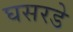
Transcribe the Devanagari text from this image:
घसरडे